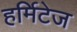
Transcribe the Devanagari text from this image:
हर्मिटेज